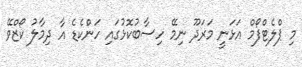
މި ޕްލެޓްފޯމް އަޅަނީ މަރަދޫ ނިމޭ ހިސާބުކޮޅުގައި ހަންކެޑެ އާ ދިމާލު ކޯޒްވޭ